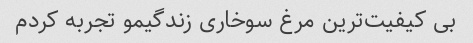
بی کیفیت‌ترین مرغ سوخاری زندگیمو تجربه کردم